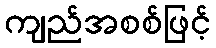
ကျည်အစစ်ဖြင့်